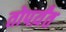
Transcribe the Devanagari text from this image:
तोपर्य़ंत